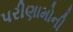
પરીણામોની